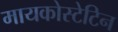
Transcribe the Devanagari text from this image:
मायकोस्टेटिन